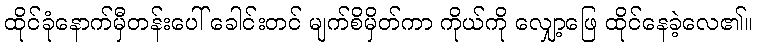
ထိုင်ခုံနောက်မှီတန်းပေါ် ခေါင်းတင် မျက်စိမှိတ်ကာ ကိုယ်ကို လျှော့ဖြေ ထိုင်နေခဲ့လေ၏။